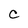
Character: C